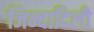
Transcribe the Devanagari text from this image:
जिन्दादिली